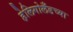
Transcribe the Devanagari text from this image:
हेलिगोलँडच्या